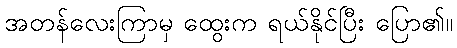
အတန်လေးကြာမှ ထွေးက ရယ်နိုင်ပြီး ပြော၏။